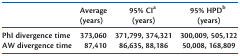
|  | Average (years) | 95% CIa (years) | 95% HPDb (years) |
 | --- | --- | --- | --- |
 | PhI divergence time | 373,060 | 371,799, 374,321 | 300,009, 505,122 |
 | AW divergence time | 87,410 | 86,635, 88,186 | 50,008, 168,809 |